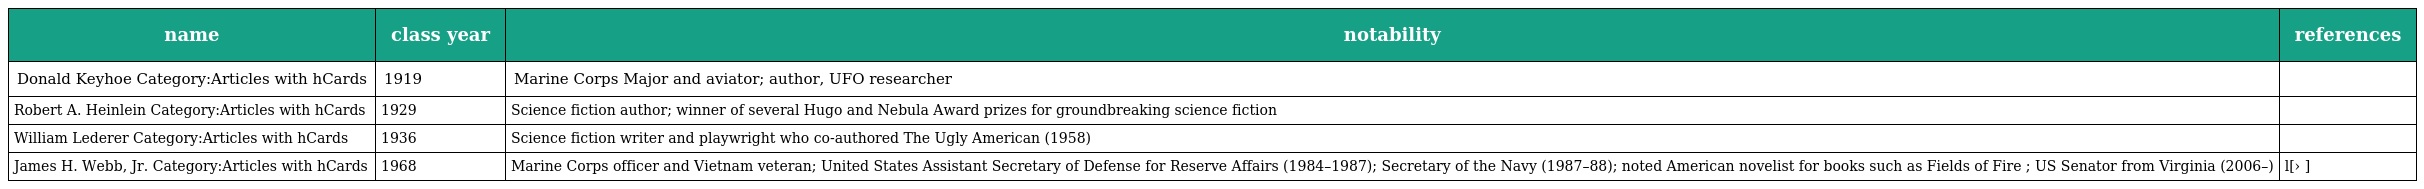
| name | class year | notability | references |
 | --- | --- | --- | --- |
 | Donald Keyhoe Category:Articles with hCards | 1919 | Marine Corps Major and aviator; author, UFO researcher |  |
 | Robert A. Heinlein Category:Articles with hCards | 1929 | Science fiction author; winner of several Hugo and Nebula Award prizes for groundbreaking science fiction |  |
 | William Lederer Category:Articles with hCards | 1936 | Science fiction writer and playwright who co-authored The Ugly American (1958) |  |
 | James H. Webb, Jr. Category:Articles with hCards | 1968 | Marine Corps officer and Vietnam veteran; United States Assistant Secretary of Defense for Reserve Affairs (1984–1987); Secretary of the Navy (1987–88); noted American novelist for books such as Fields of Fire ; US Senator from Virginia (2006–) | l[› ] |